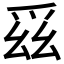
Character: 𭶯